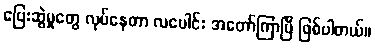
ပြေးဆွဲမှုတွေ လုပ်နေတာ လပေါင်း အတော်ကြာပြီ ဖြစ်ပါတယ်။